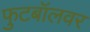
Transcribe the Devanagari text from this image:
फुटबॉलवर